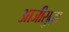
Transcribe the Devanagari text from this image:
आजीसुद्धा